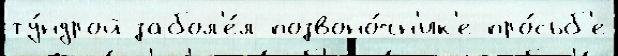
ту́ндрой забол'е́л позвоно́чн'ик'е про́сьб'е